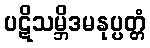
ပဋိသမ္ဘိဒမနုပ္ပတ္တံ